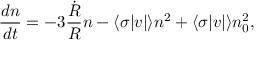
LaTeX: { \frac { d n } { d t } } = - 3 { \frac { \dot { R } } { R } } n - \langle \sigma | v | \rangle n ^ { 2 } + \langle \sigma | v | \rangle n _ { 0 } ^ { 2 } ,